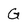
Character: G